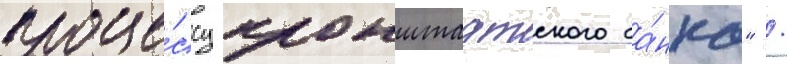
проце́ссу кронштадтского ба́нка" /